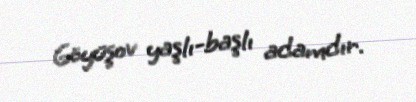
Göyüşov yaşlı-başlı adamdır.